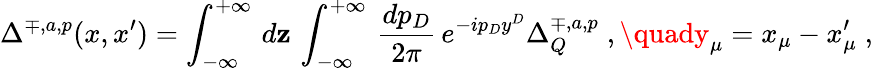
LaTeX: \Delta^{\mp,a,p}(x,x^{\prime})=\int_{-\infty}^{+\infty}\, d\mathbf{z}\, \int_{-\infty}^{+\infty}\, \frac{{dp_{D}}}{{2\pi}}\, e^{-ip_{D}y^{D}}\Delta_{Q}^{\mp,a,p}\; ,\quady_{\mu}=x_{\mu}-x_{\mu}^{\prime}\; ,